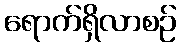
ရောက်ရှိလာစဉ်